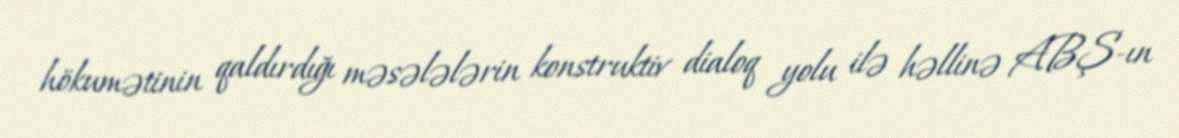
hökumətinin qaldırdığı məsələlərin konstruktiv dialoq yolu ilə həllinə ABŞ-ın